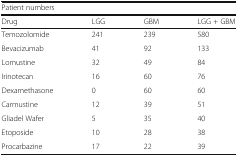
| <COLSPAN=4> Patient numbers |
 | Drug | LGG | GBM | LGG + GBM |
 | --- | --- | --- | --- |
 | Temozolomide | 241 | 239 | 580 |
 | Bevacizumab | 41 | 92 | 133 |
 | Lomustine | 32 | 49 | 84 |
 | Irinotecan | 16 | 60 | 76 |
 | Dexamethasone | 0 | 60 | 60 |
 | Carmustine | 12 | 39 | 51 |
 | Gliadel Wafer | 5 | 35 | 40 |
 | Etoposide | 10 | 28 | 38 |
 | Procarbazine | 17 | 22 | 39 |